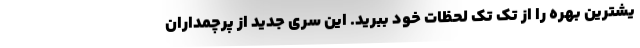
یشترین بهره را از تک‌ تک لحظات خود ببرید. این سری جدید از پرچمداران